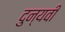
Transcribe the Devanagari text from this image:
दुन्यवी